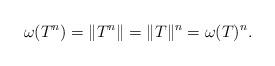
LaTeX: \begin{align*}\omega(T^n) = \|T^n\| = \|T\|^n =\omega(T)^n.\end{align*}